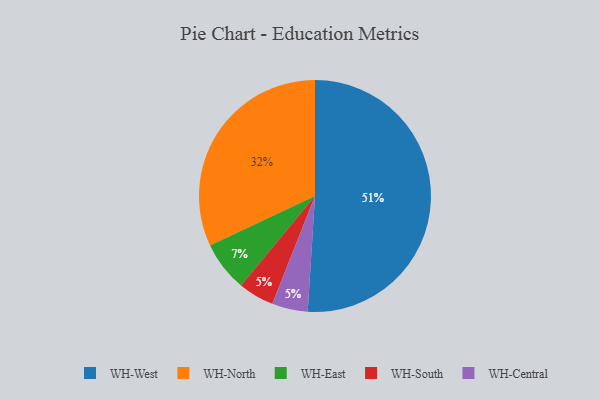
{"axis": {"x": "Category", "y": "Percentage"}, "legend": ["WH-Central", "WH-East", "WH-North", "WH-South", "WH-West"], "data": [{"x": "WH-South", "y": 5, "type": "WH-South"}, {"x": "WH-East", "y": 7, "type": "WH-East"}, {"x": "WH-North", "y": 32, "type": "WH-North"}, {"x": "WH-West", "y": 51, "type": "WH-West"}, {"x": "WH-Central", "y": 5, "type": "WH-Central"}]}